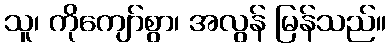
သူ၊ ကိုကျော်စွာ၊ အလွန် မြန်သည်။